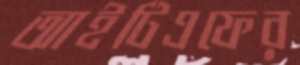
আইটিএফের